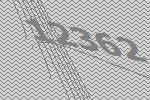
12362